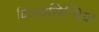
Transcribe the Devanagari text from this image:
विजयसिन्धिया